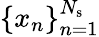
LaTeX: \{ x_{n}\} _{n=1}^{N_{\mathrm{s}}}